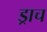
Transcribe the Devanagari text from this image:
ड्राच